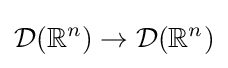
{\mathcal {D}}(\mathbb {R} ^{n})\to {\mathcal {D}}(\mathbb {R} ^{n})